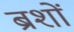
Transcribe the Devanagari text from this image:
ब्रशों